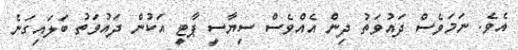
އެވެ. ނަމަވެސް ދައުވަތު ދިން އެއްވެސް ސިޔާސީ ޕާޓީ އަކުން ދައުވަތު ބަލައިގަނެ